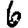
Digit: 6